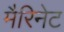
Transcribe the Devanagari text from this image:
मैरिनेट